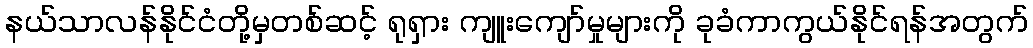
နယ်သာလန်နိုင်ငံတို့မှတစ်ဆင့် ရုရှား ကျူးကျော်မှုများကို ခုခံကာကွယ်နိုင်ရန်အတွက်